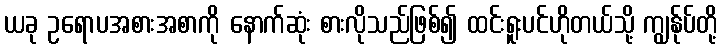
ယခု ဥရောပအစားအစာကို နောက်ဆုံး စားလိုသည်ဖြစ်၍ ထင်းရူးပင်ဟိုတယ်သို့ ကျွန်ုပ်တို့